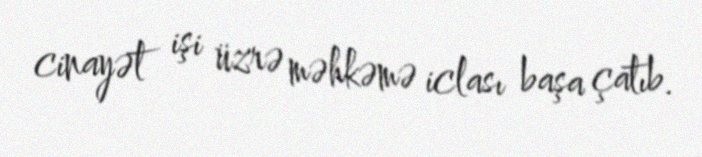
cinayət işi üzrə məhkəmə iclası başa çatıb.